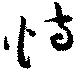
恃